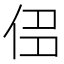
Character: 𠈎